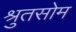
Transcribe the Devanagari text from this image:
श्रुतसोम